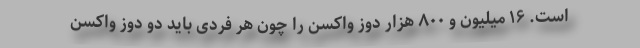
است. ۱۶ میلیون و ۸۰۰ هزار دوز واکسن را چون هر فردی باید دو دوز واکسن